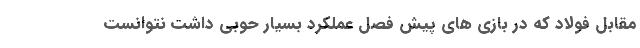
مقابل فولاد که در بازی های پیش فصل عملکرد بسیار حوبی داشت نتوانست